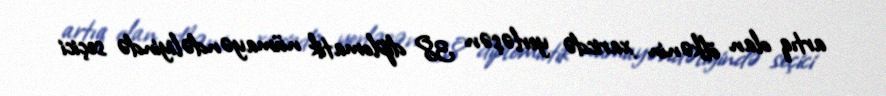
artıq olan ölkənin xaricdə yerləşən 38 diplomatik nümayəndəliyində seçici